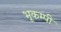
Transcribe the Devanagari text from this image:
भूकम्पी